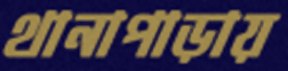
থানাপাড়ায়